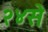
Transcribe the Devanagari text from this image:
२४से